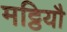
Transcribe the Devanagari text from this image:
मट्ठियौ